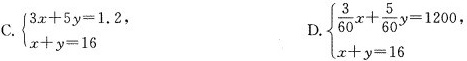
C. $$\begin { cases } 3 x + 5 y = 1 . 2